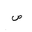
Letter: _sad